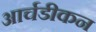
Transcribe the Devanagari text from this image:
आर्चडीकन